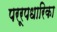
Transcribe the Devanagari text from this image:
पररूपधारिका